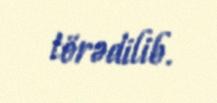
törədilib.